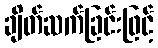
ချိတ်ဆက်ခြင်းဖြင့်